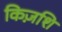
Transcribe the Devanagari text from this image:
किज़शि